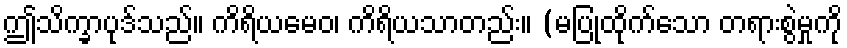
ဤသိက္ခာပုဒ်သည်။ ကိရိယမေဝ၊ ကိရိယသာတည်း။ (မပြုထိုက်သော တရားစွဲမှုကို